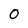
Character: 0